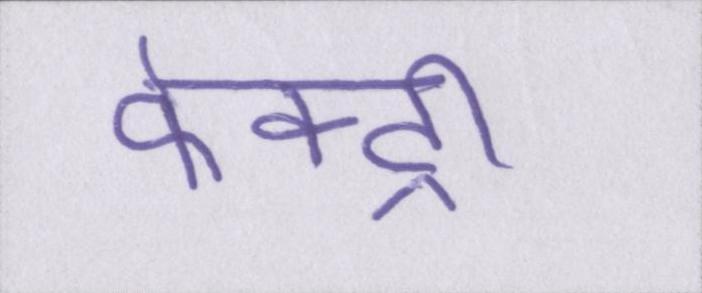
फेक्ट्री